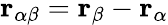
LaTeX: {\mathbf r}_{\alpha\beta}={\mathbf r}_{\beta}-{\mathbf r}_{\alpha}